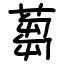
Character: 蒭